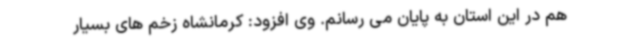
هم در این استان به پایان می رسانم. وی افزود: کرمانشاه زخم های بسیار